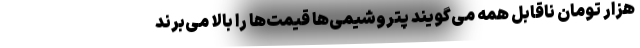
هزار تومان ناقابل همه می‌گویند پتروشیمی‌ها قیمت‌ها را بالا می‌برند